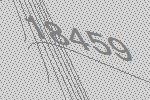
18459